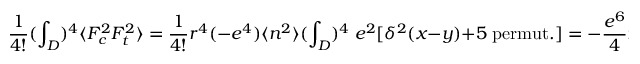
\frac { 1 } { 4 ! } ( \int _ { D } ) ^ { 4 } \langle F _ { c } ^ { 2 } F _ { t } ^ { 2 } \rangle = \frac { 1 } { 4 ! } r ^ { 4 } ( - e ^ { 4 } ) \langle n ^ { 2 } \rangle ( \int _ { D } ) ^ { 4 } \; e ^ { 2 } [ \delta ^ { 2 } ( x - y ) + 5 \; \mathrm { p e r m u t . } ] = - \frac { e ^ { 6 } } { 4 } r ^ { 4 } \langle n ^ { 2 } \rangle \Delta ^ { 3 }